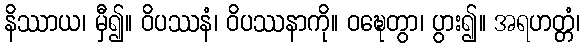
နိဿာယ၊ မှီ၍။ ဝိပဿနံ၊ ဝိပဿနာကို။ ဝဍ္ဎေတွာ၊ ပွား၍။ အရဟတ္တံ၊